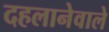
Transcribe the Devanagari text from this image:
दहलानेवाले